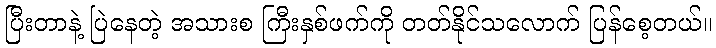
ပြီးတာနဲ့ ပြဲနေတဲ့ အသားစ ကြီးနှစ်ဖက်ကို တတ်နိုင်သလောက် ပြန်စေ့တယ်။